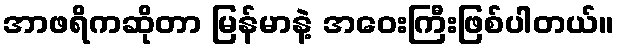
အာဖရိကဆိုတာ မြန်မာနဲ့ အဝေးကြီးဖြစ်ပါတယ်။